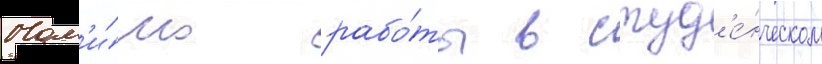
Пом'и́мо рабо́ты в студ'е́нческом